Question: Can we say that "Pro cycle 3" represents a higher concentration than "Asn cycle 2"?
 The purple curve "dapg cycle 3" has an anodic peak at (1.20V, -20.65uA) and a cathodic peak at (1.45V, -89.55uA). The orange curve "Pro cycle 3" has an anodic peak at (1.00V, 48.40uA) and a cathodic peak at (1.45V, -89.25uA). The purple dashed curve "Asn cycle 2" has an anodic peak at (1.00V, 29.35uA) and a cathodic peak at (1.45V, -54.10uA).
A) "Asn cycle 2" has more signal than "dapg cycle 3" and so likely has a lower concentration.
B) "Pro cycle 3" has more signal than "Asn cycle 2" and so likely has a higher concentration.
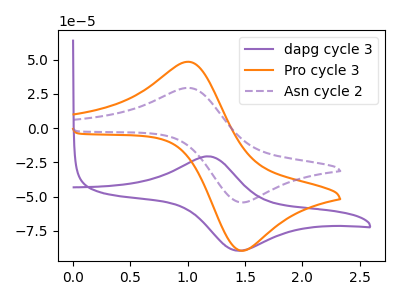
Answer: <think>All the peaks in "Pro cycle 3" have a peak in "Asn cycle 2" at the same potential. Every peak in "Pro cycle 3" is higher than every peak in "Asn cycle 2".
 </think>
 <answer>B) "Pro cycle 3" has more signal than "Asn cycle 2" and so likely has a higher concentration.</answer>
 <eval>B</eval>